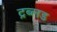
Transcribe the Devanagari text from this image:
ट्रब्लड